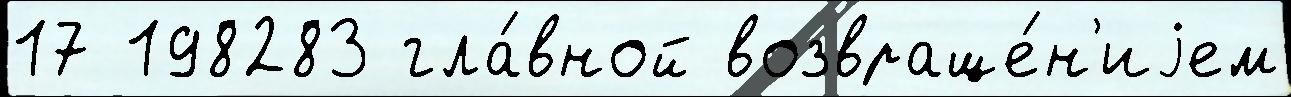
17 198283 гла́вной возвраще́н'иjем